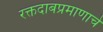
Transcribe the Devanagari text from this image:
रक्तदाबप्रमाणाचे